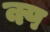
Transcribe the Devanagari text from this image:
क्प